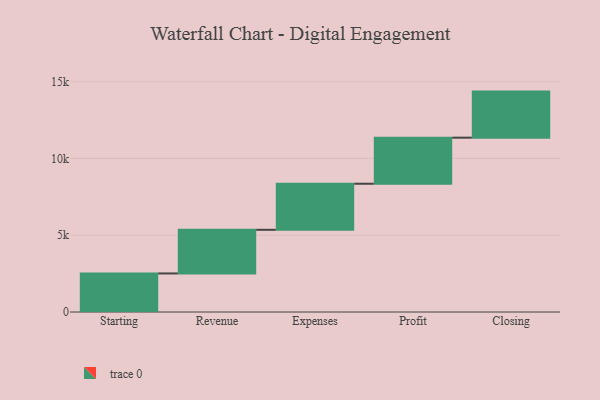
{"axis": {"x": "Step", "y": "Value"}, "legend": [""], "data": [{"x": "Starting", "y": 2511.0, "type": ""}, {"x": "Revenue", "y": 2841.0, "type": ""}, {"x": "Expenses", "y": 3000, "type": ""}, {"x": "Profit", "y": 3000, "type": ""}, {"x": "Closing", "y": 3000, "type": ""}]}